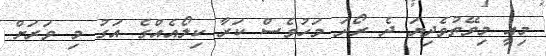
މިއީ މިވޭތުވެދިޔަ ދެ ރޯދަ މަހުވެސް ކަރާ ކިލޯއެއްގެ އަގު މި ވަރަށް